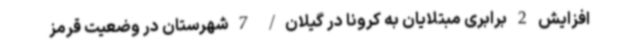
افزایش 2 برابری مبتلایان به کرونا در گیلان/ 7 شهرستان در وضعیت قرمز